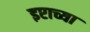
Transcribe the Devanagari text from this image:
इप्टाच्या